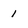
Character: 1